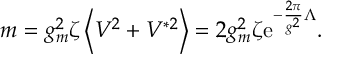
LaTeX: m = g _ { m } ^ { 2 } \zeta \left< V ^ { 2 } + V ^ { * 2 } \right> = 2 g _ { m } ^ { 2 } \zeta \mathrm { e } ^ { - { \frac { 2 \pi } { g ^ { 2 } } } \Lambda } .